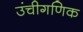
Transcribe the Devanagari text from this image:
उंचीगणिक